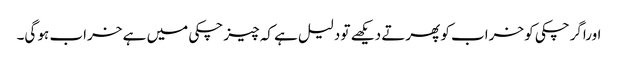
اوراگرچکی کو خراب کو پھرتے دیکھے تو دلیل ہے کہ چیز چکی میں ہے خراب ہو گی۔